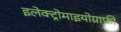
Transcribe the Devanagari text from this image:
इलेक्ट्रोमाइयोग्राफी